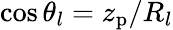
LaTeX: \cos\theta_{l}=z_{\mathrm{p}}/R_{l}